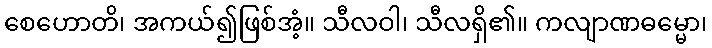
စေဟောတိ၊ အကယ်၍ဖြစ်အံ့။ သီလဝါ၊ သီလရှိ၏။ ကလျာဏဓမ္မော၊